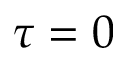
\tau = 0